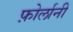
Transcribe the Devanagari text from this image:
फ़ोर्लानी